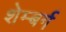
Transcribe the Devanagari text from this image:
शेम्बर्ग